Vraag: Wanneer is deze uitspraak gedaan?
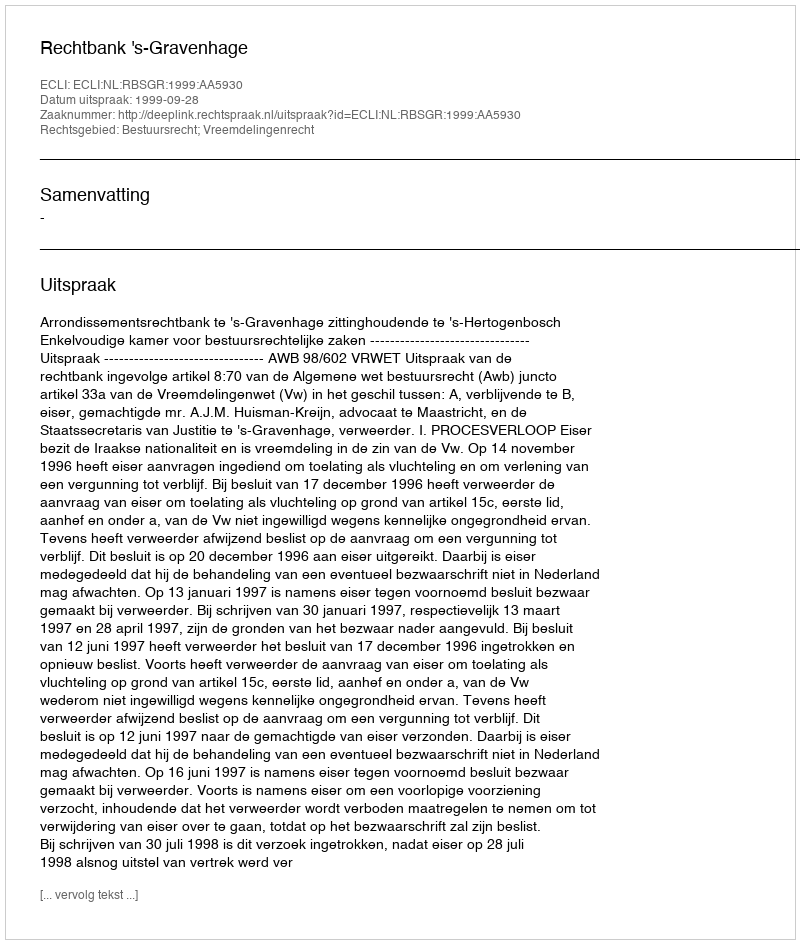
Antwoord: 1999-09-28